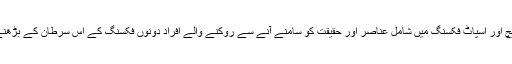
انہوں نے کہا کہ میچ اور اسپاٹ فکسنگ میں شامل عناصر اور حقیقت کو سامنے آنے سے روکنے والے افراد دونوں فکسنگ کے اس سرطان کے بڑھنے کے ذمہ دار ہیں۔